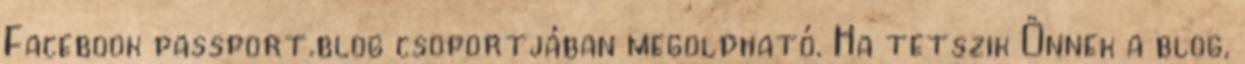
Facebook passport.blog csoportjában megoldható. Ha tetszik Önnek a blog,